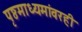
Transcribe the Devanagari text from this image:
पृष्ठमाध्यमांवरही